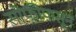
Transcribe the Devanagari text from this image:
सोफीपासून